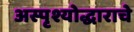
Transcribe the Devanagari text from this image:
अस्पृश्योद्धाराचे